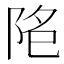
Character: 𱀐